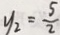
y _ { 2 } = \frac { 5 } { 2 }